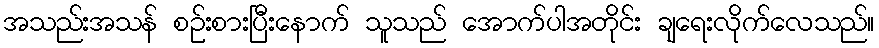
အသည်းအသန် စဉ်းစားပြီးနောက် သူသည် အောက်ပါအတိုင်း ချရေးလိုက်လေသည်။